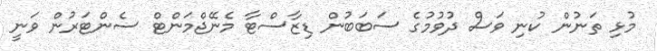
މުޅި ތަނުން ކުނި ވަސް ދުވުމުގެ ސަބަބުން ޑިޒާސްޓާ މެނޭޖްމަންޓް ސެންޓަރުން ވަނީ